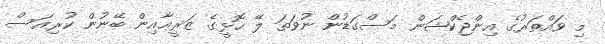
މި ވައްތަރުގެ އިންޖެކްޝަން މަސްގަޑުން ނުވަތަ ލޭ ހޮޅީގެ ޒަރީޢާއިން ބޭނުން ކުރިއަސް